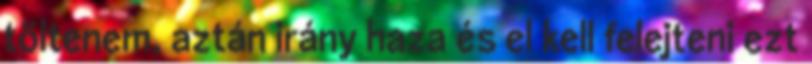
töltenem, aztán irány haza és el kell felejteni ezt